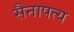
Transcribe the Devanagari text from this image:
सैनापत्य